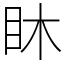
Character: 𥄢